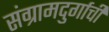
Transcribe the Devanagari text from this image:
संग्रामदुर्गाची